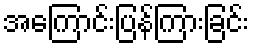
အကြောင်းပြန်ကြားခြင်း